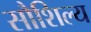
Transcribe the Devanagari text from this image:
सौशिल्य